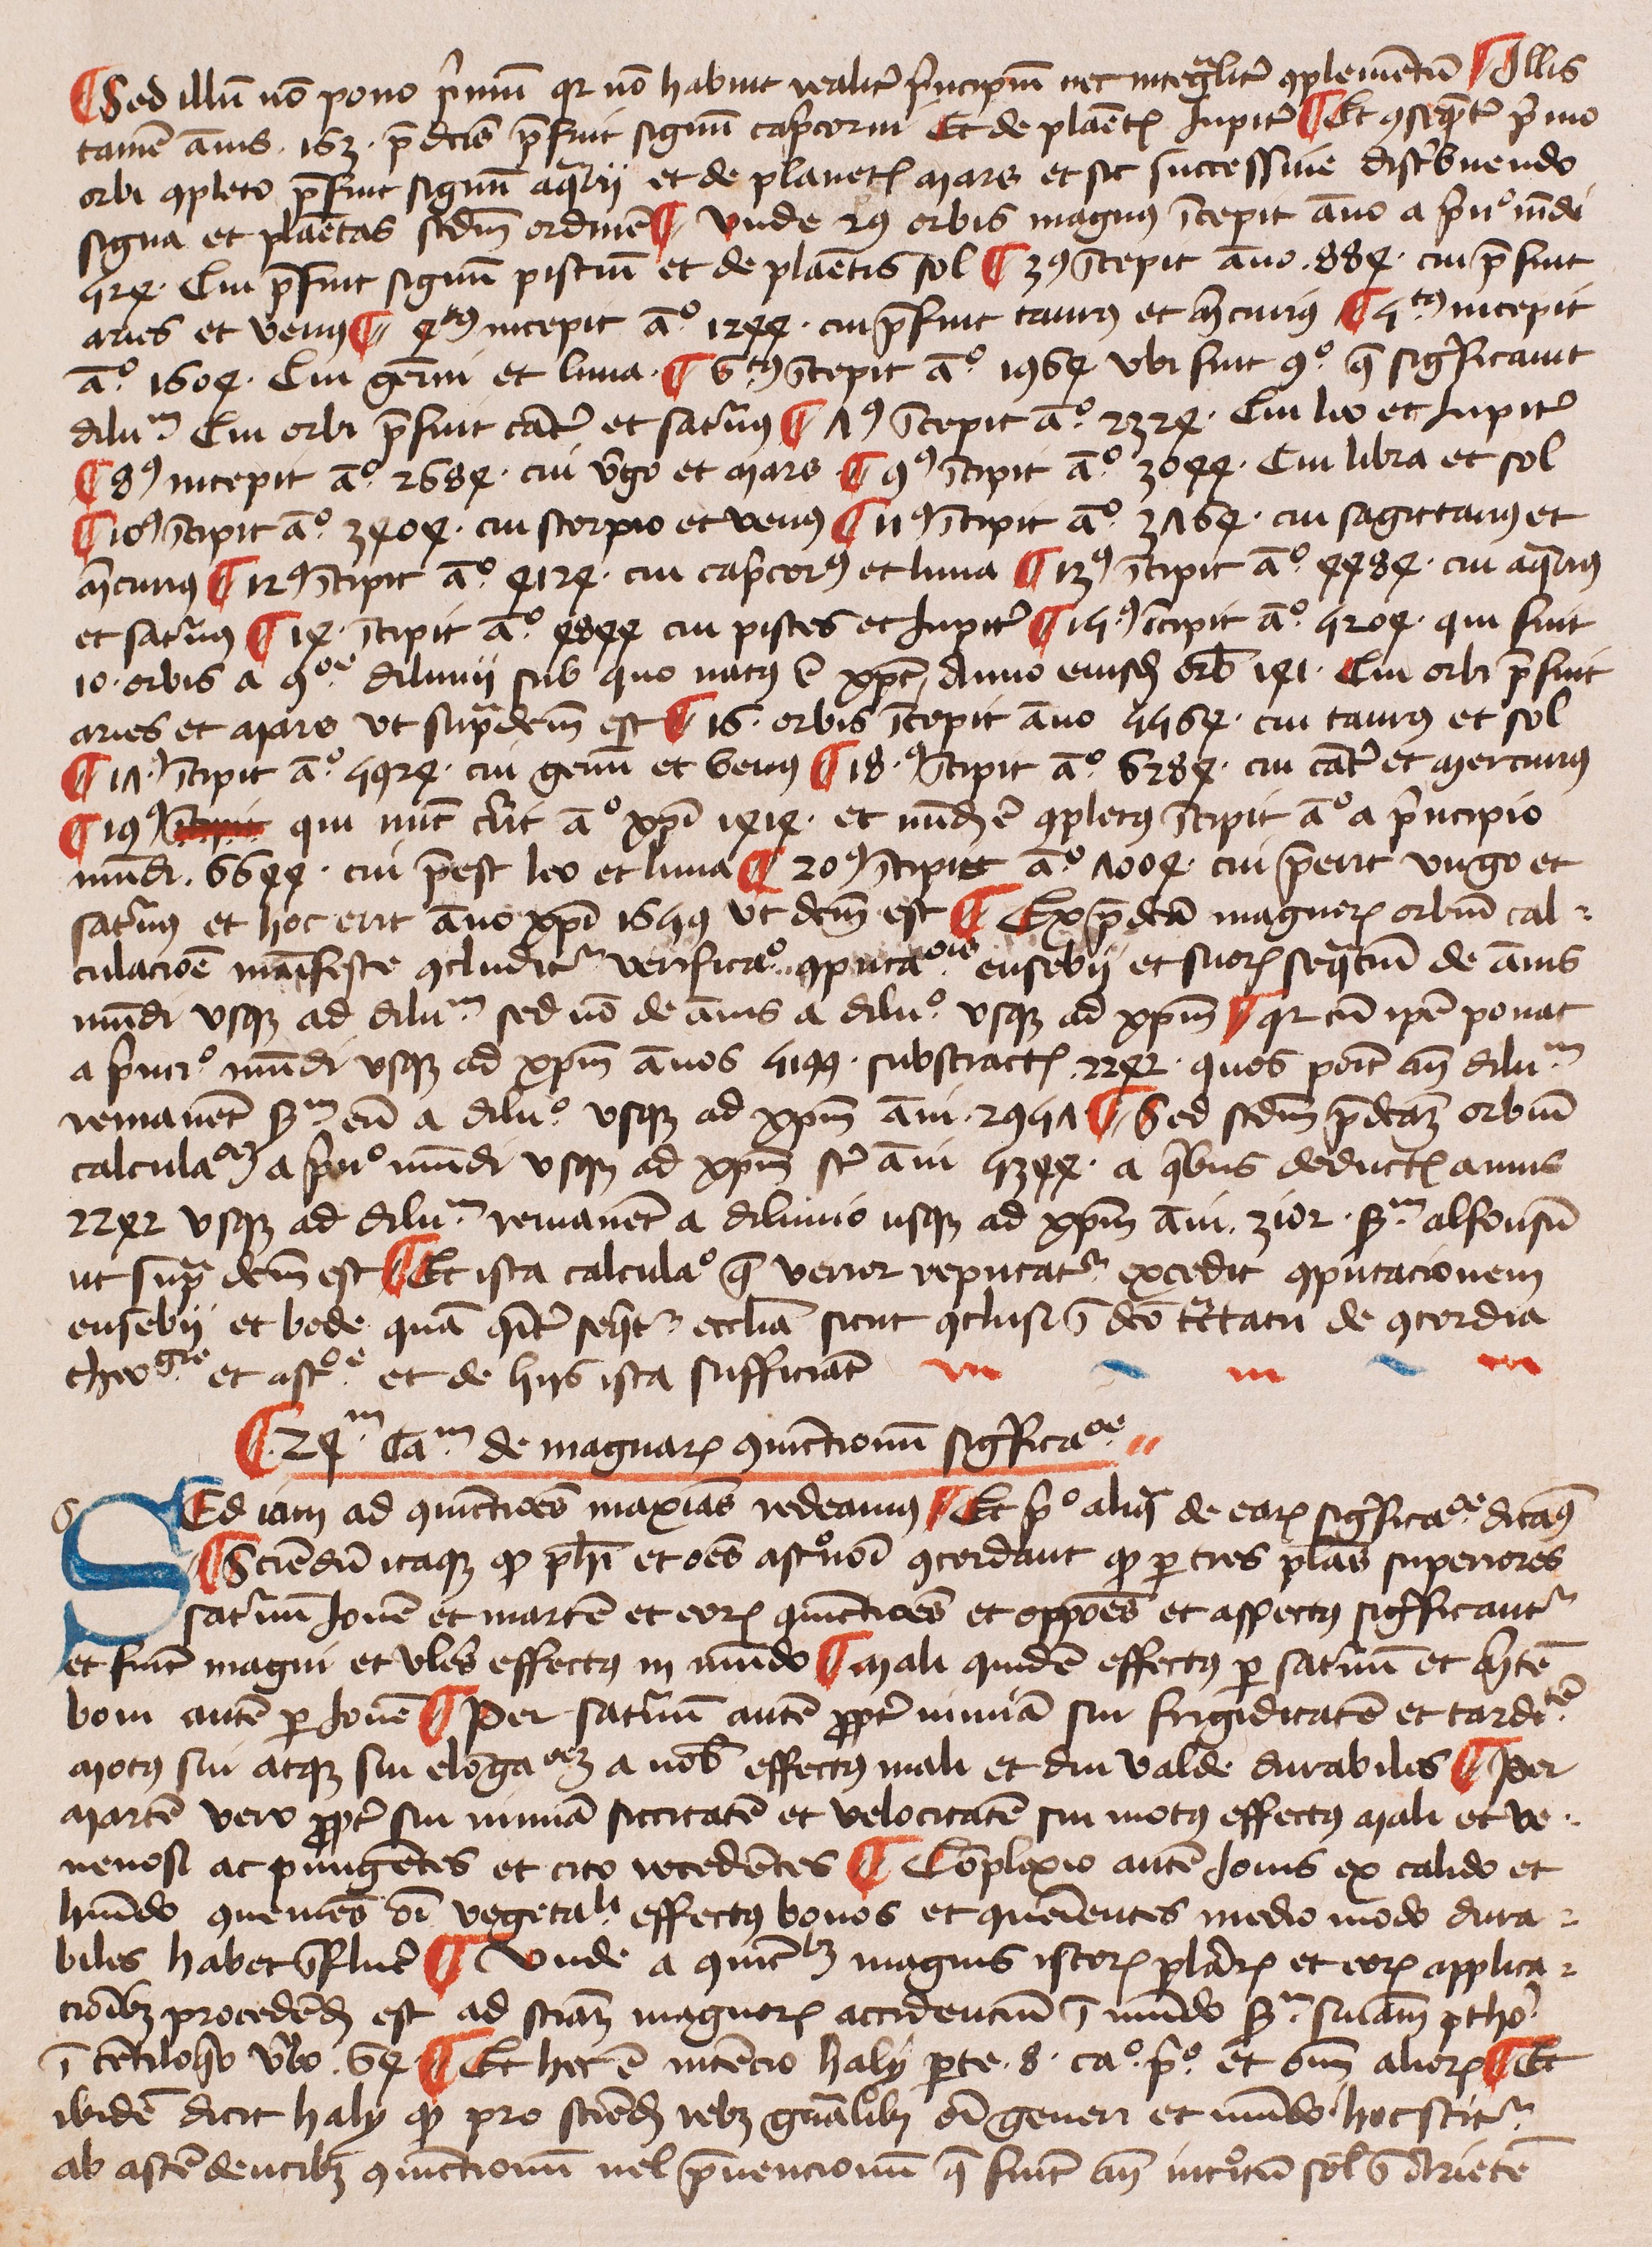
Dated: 1425–1449